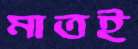
মাতই